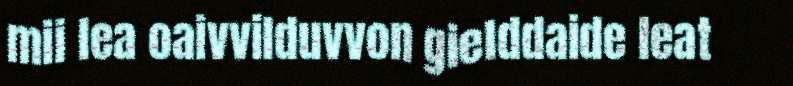
mii lea oaivvilduvvon gielddaide leat